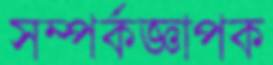
সম্পর্কজ্ঞাপক